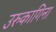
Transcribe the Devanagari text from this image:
उरुकागिना